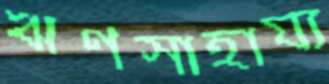
ঋণসাহায্য